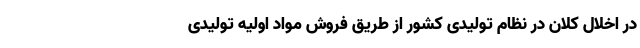
در اخلال کلان در نظام تولیدی کشور از طریق فروش مواد اولیه تولیدی